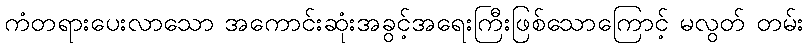
ကံတရားပေးလာသော အကောင်းဆုံးအခွင့်အရေးကြီးဖြစ်သောကြောင့် မလွတ် တမ်း